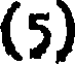
(5)